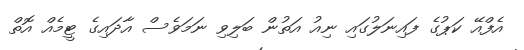
އެފްއޭ ކަޕުގެ ފައިނަލުގައި ނިއު އަތުން ބަލިވި ނަމަވެސް އާދައިގެ ޓީމެއް އޮތް